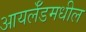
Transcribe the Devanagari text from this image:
आयर्लॅडमधील